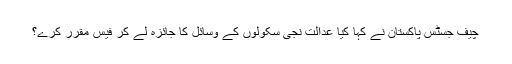
چیف جسٹس پاکستان نے کہا کیا عدالت نجی سکولوں کے وسائل کا جائزہ لے کر فیس مقرر کرے؟